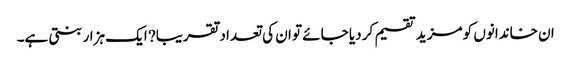
ان خاندانوں کو مزید تقسیم کر دیا جائے تو ان کی تعداد تقریبا? ایک ہزار بنتی ہے۔